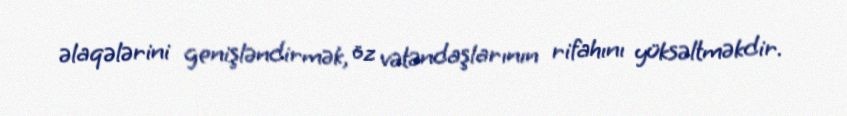
əlaqələrini genişləndirmək, öz vətəndaşlarının rifahını yüksəltməkdir.